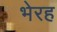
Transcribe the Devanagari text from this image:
भेरह